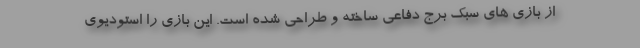
از بازی های سبک برج دفاعی ساخته و طراحی شده است. این بازی را استودیوی